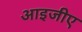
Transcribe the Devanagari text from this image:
आइजीए